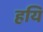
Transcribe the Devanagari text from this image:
हयि